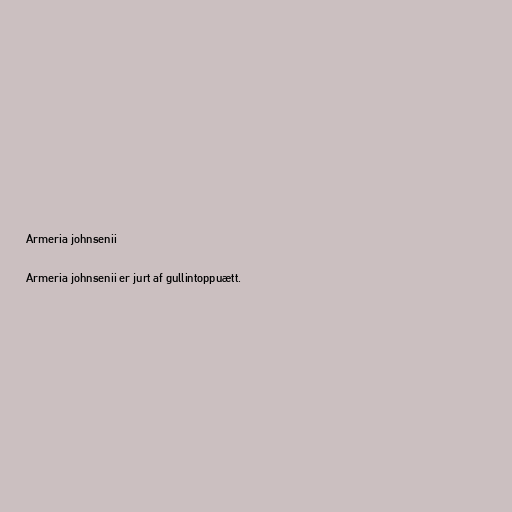
Armeria johnsenii

Armeria johnsenii er jurt af gullintoppuætt.